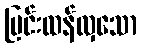
ပြင်းထန်လှသော